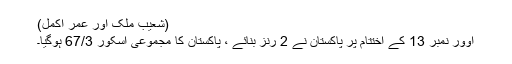
(شعیب ملک اور عمر اکمل)
اوور نمبر 13 کے اختتام پر پاکستان نے 2 رنز بنائے ، پاکستان کا مجموعی اسکور 67/3 ہوگیا۔